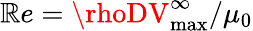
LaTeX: \mathbb{R}e=\rhoDV_{\mathrm{{max}}}^{\infty}/\mu_{0}